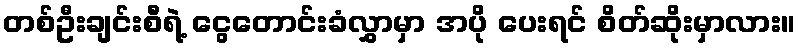
တစ်ဦးချင်းစီရဲ့ ငွေတောင်းခံလွှာမှာ အပို ပေးရင် စိတ်ဆိုးမှာလား။